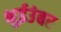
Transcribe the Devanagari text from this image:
भुईउंबर